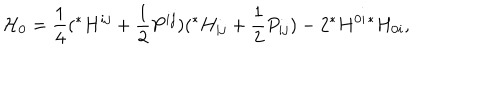
{ \cal { H } } _ { 0 } = \frac { 1 } { 4 } ( { } ^ { * } H ^ { i j } + \frac { 1 } { 2 } P ^ { i j } ) ( { } ^ { * } H _ { i j } + \frac { 1 } { 2 } P _ { i j } ) - 2 { } ^ { * } H ^ { 0 i } { } ^ { * } H _ { 0 i } ,